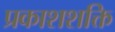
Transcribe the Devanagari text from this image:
प्रकाशशक्ति